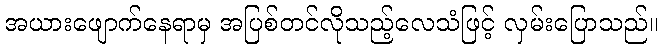
အယားဖျောက်နေရာမှ အပြစ်တင်လိုသည့်လေသံဖြင့် လှမ်းပြောသည်။